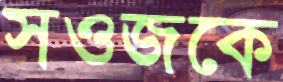
সওজকে